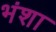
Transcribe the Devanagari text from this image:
भंशा